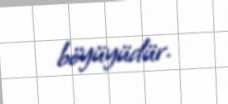
böyüyüdür.